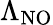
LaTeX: \Lambda_{\mathrm{NO}}